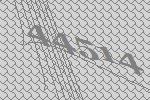
44514